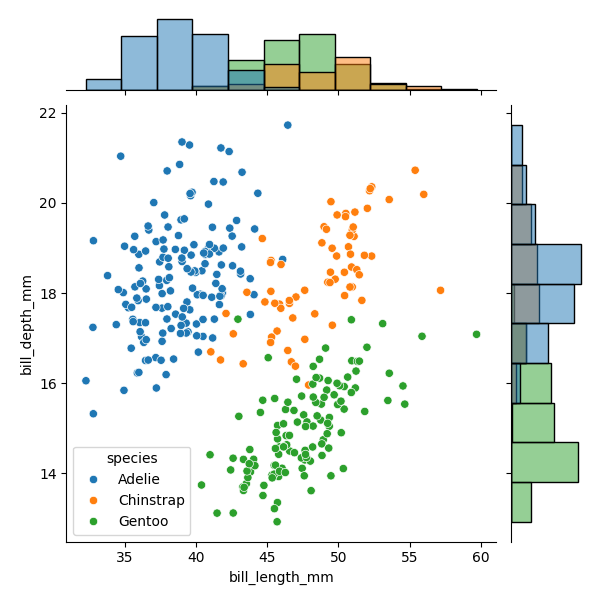
python, seaborn, JointGrid, scatterplot, histplot, hue